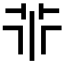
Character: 𠁬